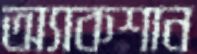
অ্যাকশান